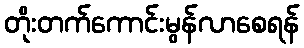
တိုးတက်ကောင်းမွန်လာစေရန်